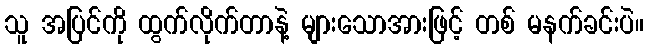
သူ အပြင်ကို ထွက်လိုက်တာနဲ့ များသောအားဖြင့် တစ် မနက်ခင်းပဲ။